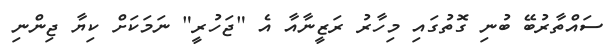
ސައްތާރުބޭ ބުނި ގޮތުގައި މިހާރު ރަޒީނާއާ އެ "ޖަހުރީ" ނަމަކަށް ކިޔާ ޖިންނި